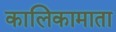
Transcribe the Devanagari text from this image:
कालिकामाता